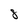
Character: 8